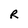
Character: R